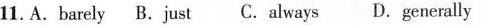
11.A. barely B.just C.always D.generally